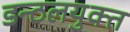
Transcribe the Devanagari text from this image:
डन्ठलयुक्त